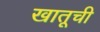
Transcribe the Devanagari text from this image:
खातूची